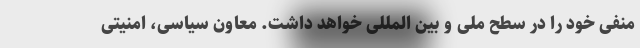
منفی خود را در سطح ملی و بین المللی خواهد داشت. معاون سیاسی، امنیتی